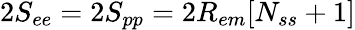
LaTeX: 2S_{ee}=2S_{pp}=2R_{em}[N_{ss}+1]